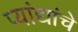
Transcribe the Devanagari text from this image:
प्यांद्यांचे